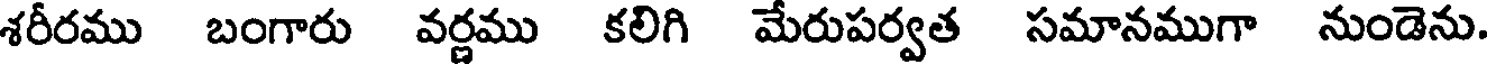
శరీరము బంగారు వర్ణము కలిగి మేరుపర్వత సమానముగా నుండెను